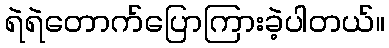
ရဲရဲတောက်ပြောကြားခဲ့ပါတယ်။